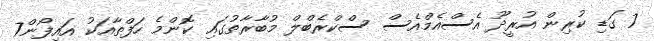
7 ގަޑި ކުރިން އުރީދޫ އެސްއެމްއެސް ސްކްރެބްލް މުބާރާތުގައި ކޮންމެ ހަފްތާއަކު އައިފޯން7